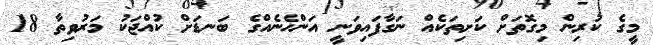
މީގެ ކުރިން މިގޮތަށް ކަށިތަކެއް ނަގާފައިވަނީ އަންހެނެއްގެ ބަނޑަށް ކުއްޖަކު މަރުވިތާ 18